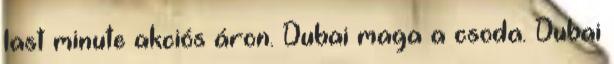
last minute akciós áron. Dubai maga a csoda. Dubai